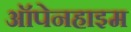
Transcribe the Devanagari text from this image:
ऑपेनहाइम